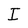
Character: I